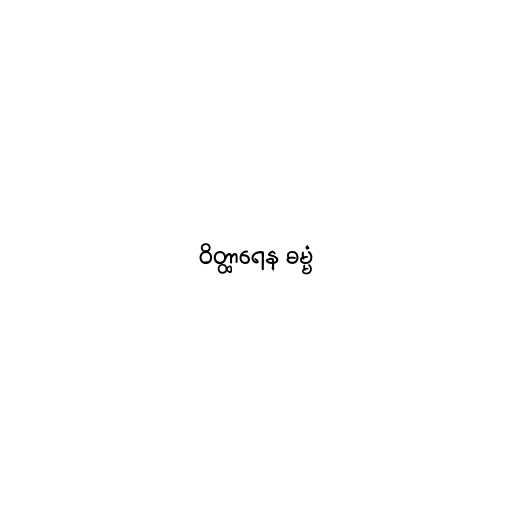
ဝိတ္ထာရေန ဓမ္မံ